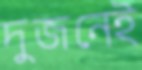
দুজনেই